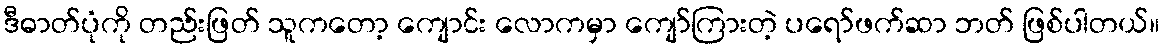
ဒီဓာတ်ပုံကို တည်းဖြတ် သူကတော့ ကျောင်း လောကမှာ ကျော်ကြားတဲ့ ပရော်ဖက်ဆာ ဘတ် ဖြစ်ပါတယ်။